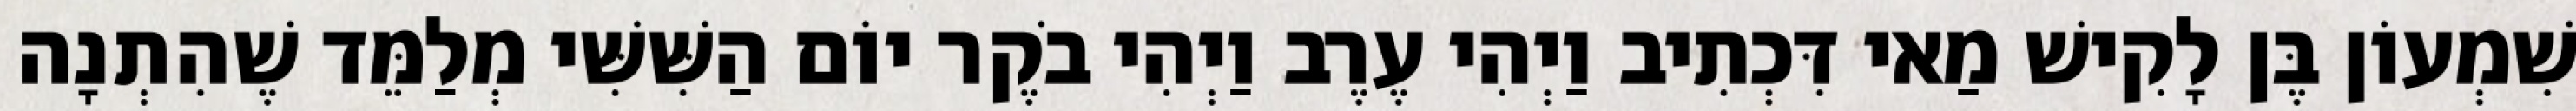
שִׁמְעוֹן בֶּן לָקִישׁ מַאי דִּכְתִיב וַיְהִי עֶרֶב וַיְהִי בֹקֶר יוֹם הַשִּׁשִּׁי מְלַמֵּד שֶׁהִתְנָה